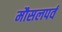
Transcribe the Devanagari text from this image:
मौसलपर्व